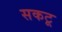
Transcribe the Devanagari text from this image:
सकटू